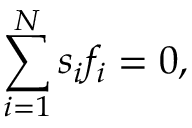
\sum _ { i = 1 } ^ { N } s _ { i } f _ { i } = 0 ,